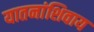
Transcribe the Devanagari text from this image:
यातनांशिवाय